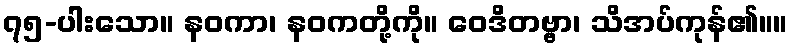
၇၅-ပါးသော။ နဝကာ၊ နဝကတို့ကို။ ဝေဒိတဗ္ဗာ၊ သိအပ်ကုန်၏။။